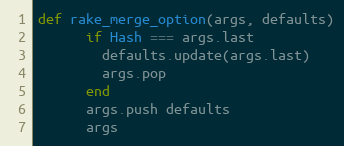
Language: Ruby
def rake_merge_option(args, defaults)
      if Hash === args.last
        defaults.update(args.last)
        args.pop
      end
      args.push defaults
      args